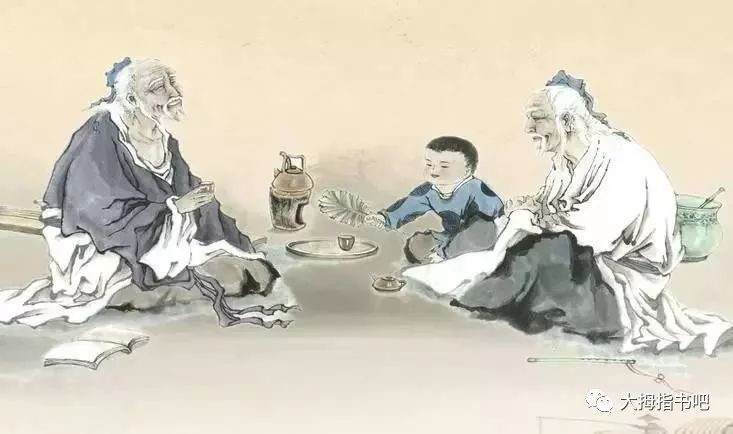
一箪食，一瓢饮，在陋巷，人不堪其忧，回也不改其乐。贤哉回也！